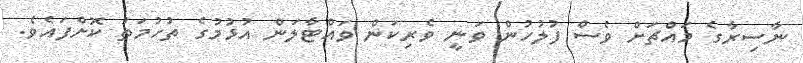
ނާސިރާގެ މައްޗަށް ވެސް ފުލުހުން ވަނީ ވެރިކަން ވައްޓާލަން އުޅުމުގެ ތުހުމަތު ކޮށްފައެވެ.